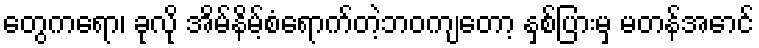
တွေကရော၊ ခုလို အိမ်နိမ့်စံရောက်တဲ့ဘဝကျတော့ နှစ်ပြားမှ မတန်အောင်